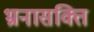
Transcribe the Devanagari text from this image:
भ्रनासक्ति